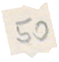
50